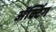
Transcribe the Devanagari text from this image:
अॅक्टिंग